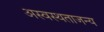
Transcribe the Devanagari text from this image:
अस्वस्थताजन्य